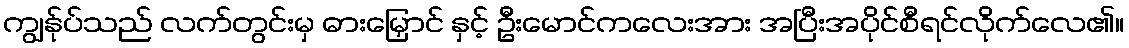
ကျွန်ုပ်သည် လက်တွင်းမှ ဓားမြှောင် နှင့် ဦးမောင်ကလေးအား အပြီးအပိုင်စီရင်လိုက်လေ၏။